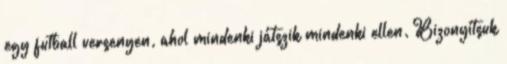
egy futball versenyen, ahol mindenki játszik mindenki ellen. Bizonyítsuk